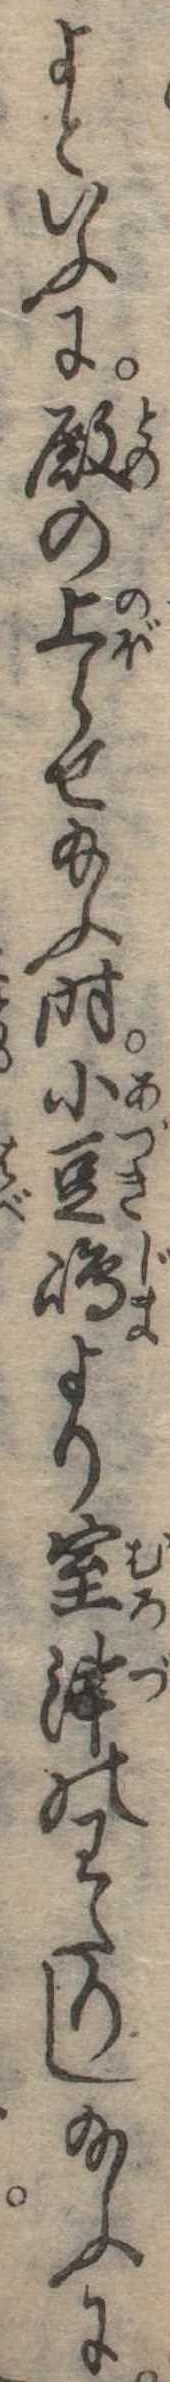
よといふに殿の上らせ給ふ時小豆島より室津のわたりし給ふに